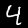
Label: 4